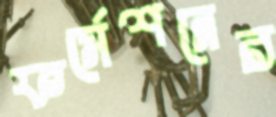
ফর্মেশনের